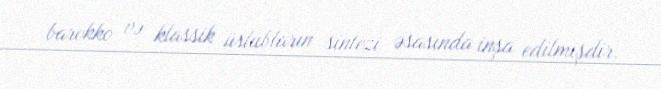
barokko və klassik üslubların sintezi əsasında inşa edilmişdir.